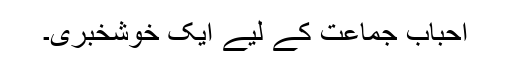
احباب جماعت کے لیے ایک خوشخبری۔